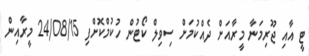
ޓީ އާއި ޖޫރިމަނާ މީރާއަށް ދެއްކުމަށް ސިވިލް ކޯޓުން ހުކުމްކޮށްފި 24/08/15 މީރާއިން